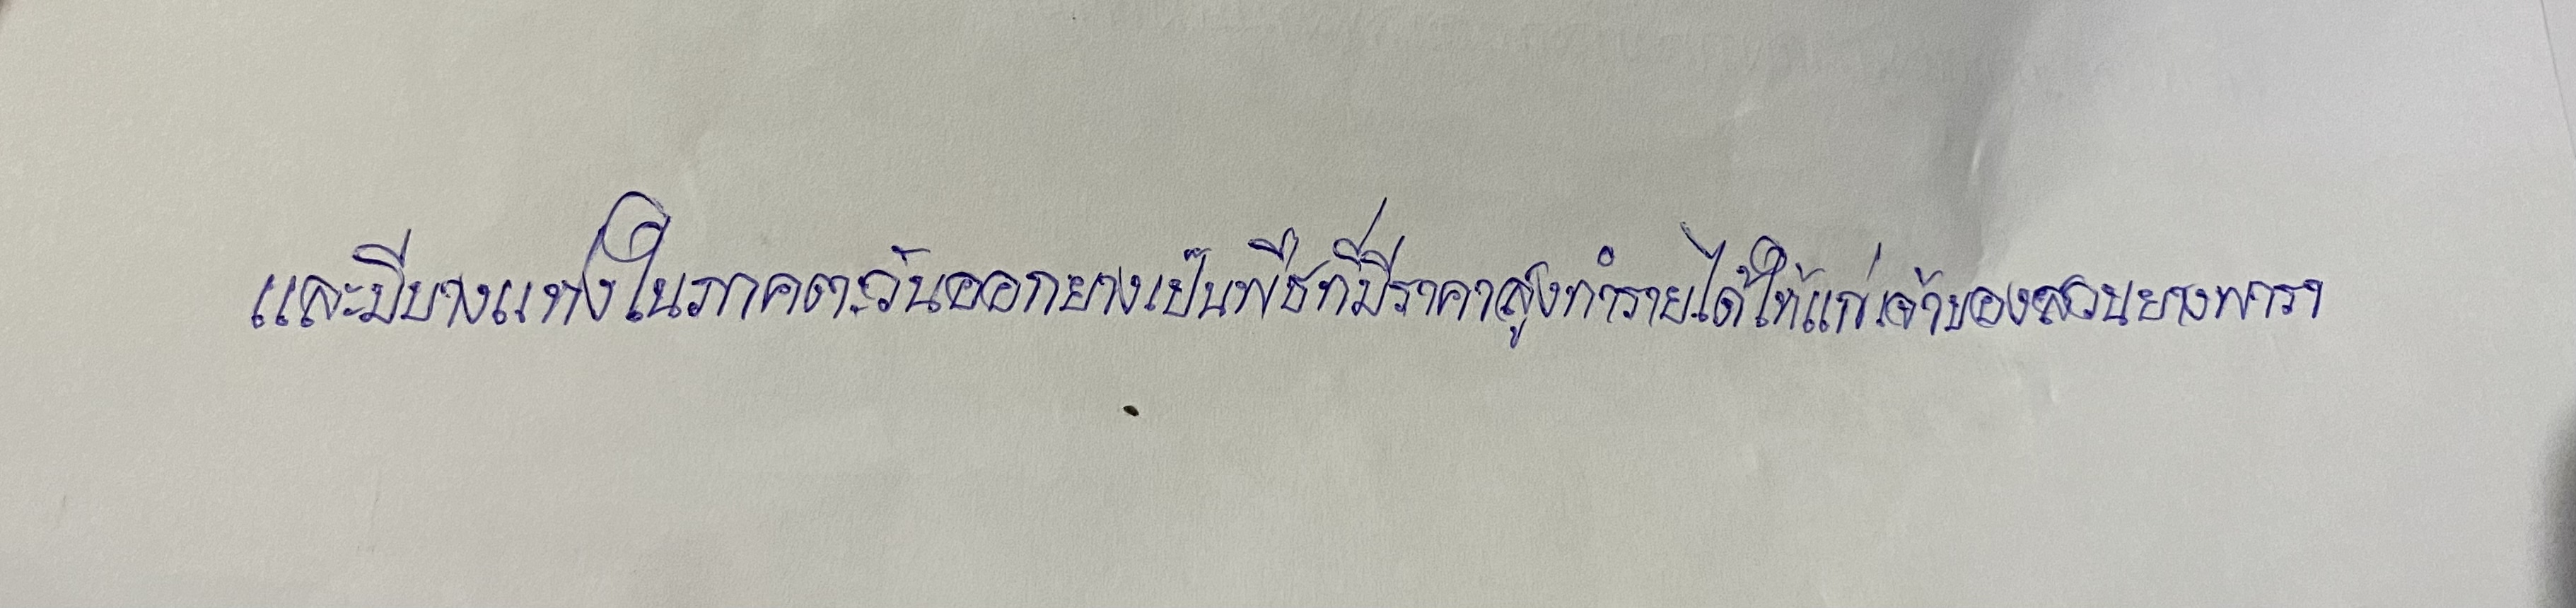
และมีบางแห่งในภาคตะวันออกยางเป็นพืชที่มีราคาสูงทำรายได้ให้แก่เจ้าของสวนยางพารา